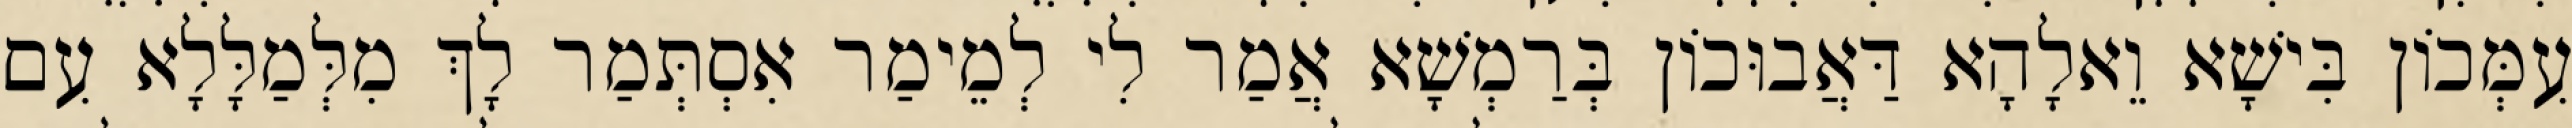
עִמְּכוֹן בִּישָׁא וֵאלָהָא דַּאֲבוּכוֹן בְּרַמְשָׁא אֲמַר לִי לְמֵימַר אִסְתְּמַר לָךְ מִלְּמַלָּלָא עִם